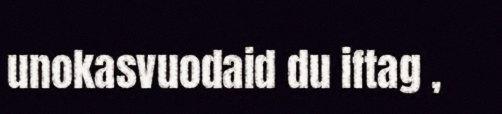
unokasvuodaid du iftag ,